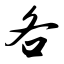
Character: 各